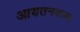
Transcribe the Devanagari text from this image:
आयतनवाला